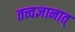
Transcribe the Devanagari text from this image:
तत्त्वज्ञानात्